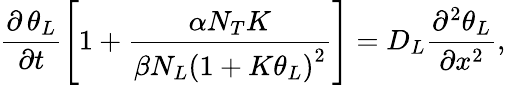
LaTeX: \frac{\partial\, {{\theta}_{L}}}{\partial t}\left[1+\frac{\alpha{{N}_{T}}K}{\beta{{N}_{L}}{{(1+K{{\theta}_{L}})}^{2}}}\right]={{D}_{L}}\frac{{{\partial}^{2}}{{\theta}_{L}}}{\partial{{x}^{2}}},